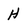
Character: H